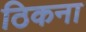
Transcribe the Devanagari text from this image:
ठिकना